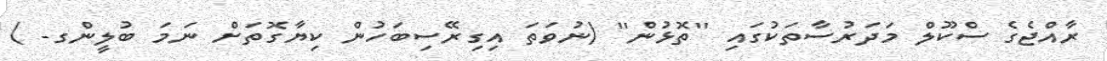
ރާއްޖެގެ ސްކޫލް މަދަރުސާތަކުގައި ''ތޮޅުން'' (ނުވަތަ އިގިރޭސިބަހުން ކިޔާގޮތަށް ނަމަ ބުލީންގ- )